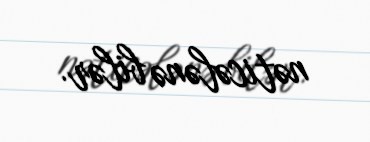
nəticələnə bilər.